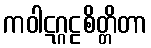
ကဝါဋဂ္ဂဠစိတ္တိတာ